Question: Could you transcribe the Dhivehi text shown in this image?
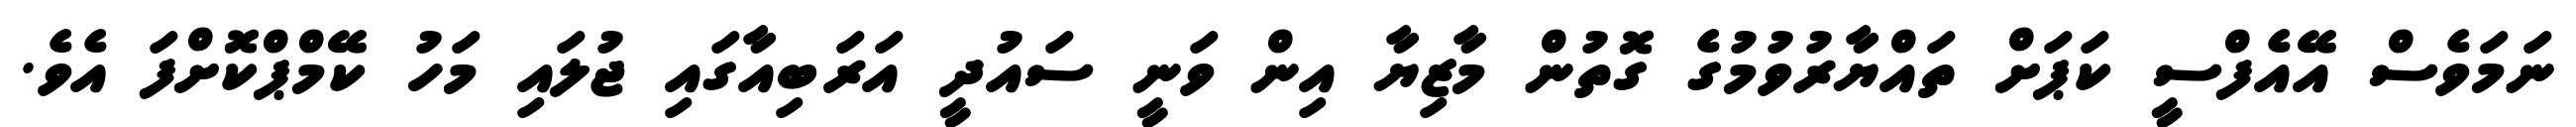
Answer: ނަމަވެސް އޭއެފްސީ ކަޕަށް ތައްޔާރުވުމުގެ ގޮތުން މާޒިޔާ އިން ވަނީ ސައުދީ އަރަބިއާގައި ޖުލައި މަހު ކޭމްޕްކޮށްފަ އެވެ.